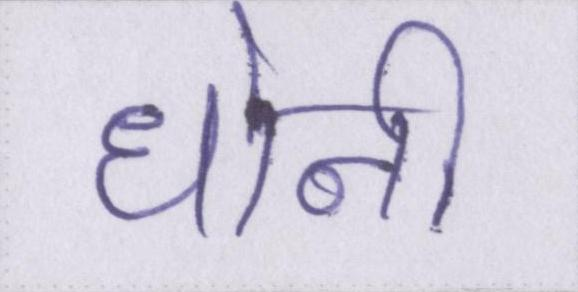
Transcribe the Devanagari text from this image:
धोनी